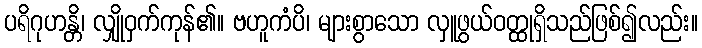
ပရိဂုဟန္တိ၊ လျှိုဝှက်ကုန်၏။ ဗဟူကံပိ၊ များစွာသော လှူဖွယ်ဝတ္ထုရှိသည်ဖြစ်၍လည်း။